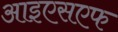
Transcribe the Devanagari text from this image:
आइएसएफ